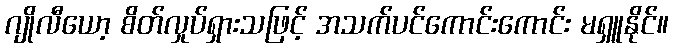
ဂျိုလီယော့ စိတ်လှုပ်ရှားသဖြင့် အသက်ပင်ကောင်းကောင်း မရှူနိုင်။